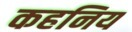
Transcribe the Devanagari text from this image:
कहनिय